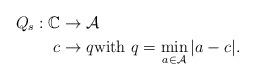
LaTeX: \begin{align*}Q_{s}: \mathbb{C} &\rightarrow \mathcal {A} \\c & \rightarrow q \textrm{with } q= \min\limits_{a\in \mathcal{A}} |a-c|.\end{align*}